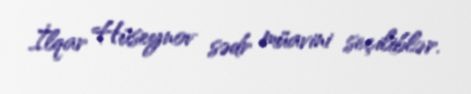
İlqar Hüseynov sədr müavini seçiliblər.